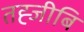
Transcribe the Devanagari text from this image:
तह्जीबि